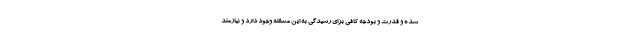
شده و قدرت و بودجه کافی برای رسیدگی به این مسئله وجود دارد و نیازمند